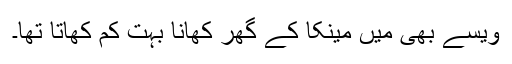
ویسے بھی میں مینکا کے گھر کھانا بہت کم کھاتا تھا۔